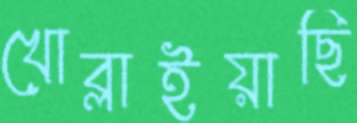
খোব্‌লাইয়াছি